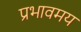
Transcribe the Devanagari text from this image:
प्रभावमय